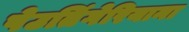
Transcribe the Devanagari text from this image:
पेउतिंगेरियाना